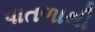
પાતળાથી